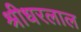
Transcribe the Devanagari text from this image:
श्रीधरलाल